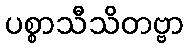
ပစ္စာသီသိတဗ္ဗာ